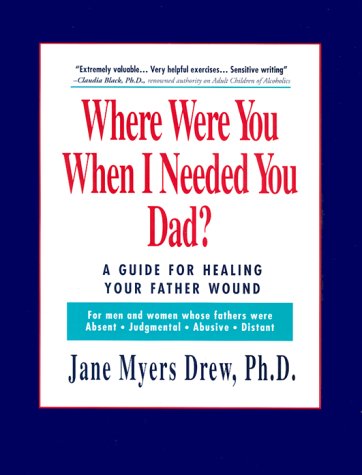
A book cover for Where Were You When I Needed You, Dad?: A Guide for Healing Your Father Wound; Jane Myers, Ph.D. Drew; Parenting & Relationships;